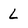
Character: l